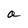
Character: a